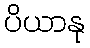
ပိယာနု